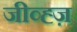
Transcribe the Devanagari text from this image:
जीव्ह्ज़